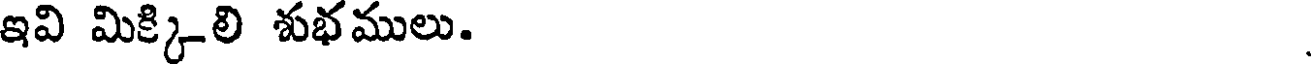
ఇవి మిక్కిలి శుభములు.